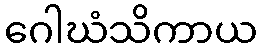
ဂေါဃံသိကာယ